Leaving Certificate Examination, 1904
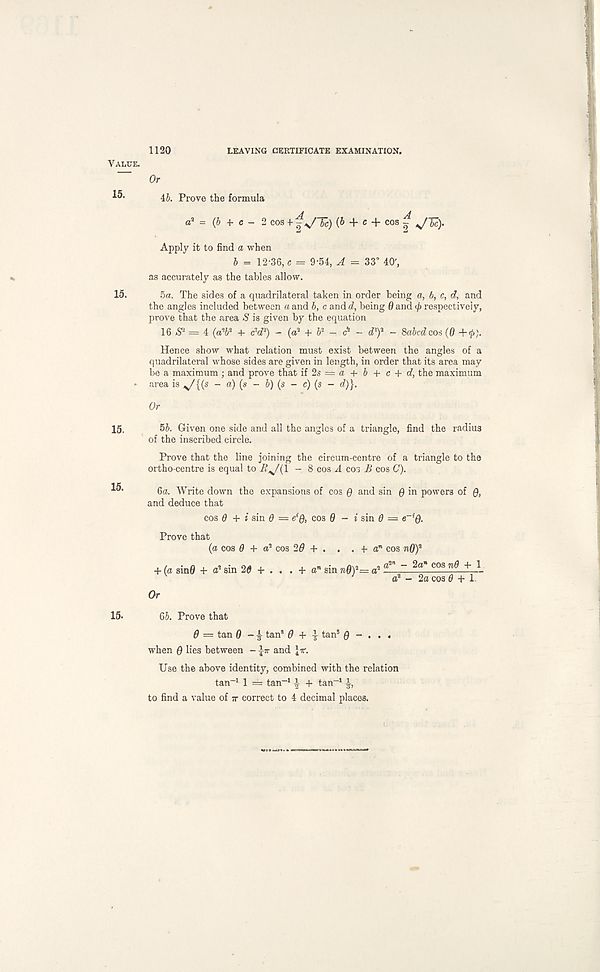
1120
LEAVING CERTIFICATE EXAMINATION.
Value.
“ Or
46. Prove the formula
j
d
a 3 = (b -f c - 2 cos + - 6c) (6 4- c + cos -
Apply it to find a when
b = 12-36, c = 9-54, A = 33° 40' ,
as accurately as the tables allow.
15.
5a. The sides of a quadrilateral taken in order being a, b, c, d, and
the angles included between a and b, c and d, being 6 and </ ) respectively,
prove that the area S is given by the equation
16^ = 4 (aW + cW) - (a 3 + b 3 - c* - d'f - Sabcd cot (0 +</>;.
Hence show what relation must exist between the angles of a
quadrilateral whose sides are given in length, in order that its area may
be a maximum ; and prove that if 2s — a + b + c + d, the maximum
* area is ^/{(s - a) (s - b) (s - c) (s - d)}.
Or
15.
15.
5b. Given one side and all the angles of a triangle, find the radius
of the inscribed circle.
Prove that the line joining the circum-centre of a triangle to the
ortho-centre is equal to ^^/(l - 8 cos A cos £ cos C).
6a. Write down the expansions of cos $ and sin $ in powers of Q,
and deduce that
cos 0 + i sin 0 = e { 0, cos 0 - i sin 0 —
Prove that
(a cos 0 + a 3 cos 2d + . . . +
+ (a sin0 + sin 20 + . . . + a" sin nd) 3 =
a n cos nQ) 3
a 3n - 2a* cos n0 + 1
d? - 2a cos 0 + L
Or
15.
66. Prove that
Q = tan 0 - £ tan" 0 + i tan 5 Q - .
when 0 lies between - ^tt and \ir.
Use the above identity, combined with the relation
tan -1 1 = tan -1 i + tan -1
to find a value of ?r correct to 4 decimal places.